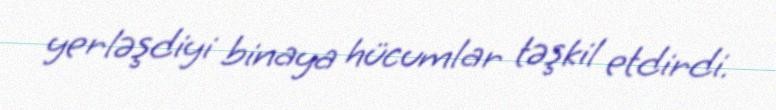
yerləşdiyi binaya hücumlar təşkil etdirdi.